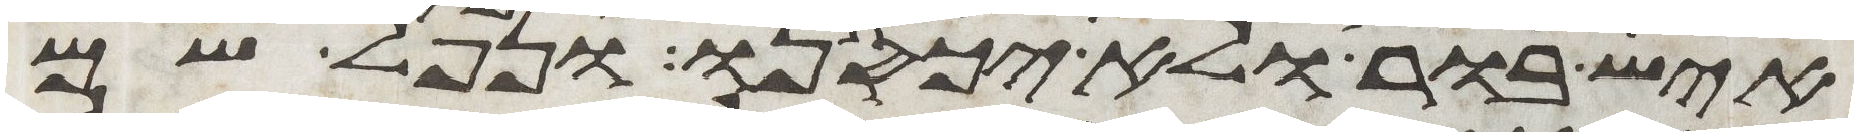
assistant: איש בור ולא יכסנו ונפל שם